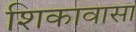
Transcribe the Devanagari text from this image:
शिकावासा